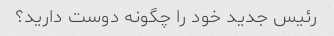
رئیس جدید خود را چگونه دوست دارید؟